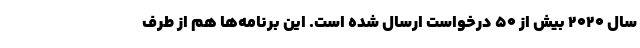
سال ۲۰۲۰ بیش از ۵۰ درخواست ارسال شده است. این برنامه‌ها هم از طرف